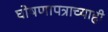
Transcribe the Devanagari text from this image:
घोषणापत्राच्याही